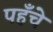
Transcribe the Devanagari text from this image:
पहँचे